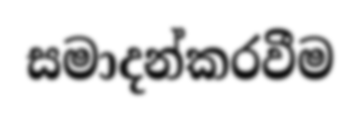
සමාදන්කරවීම